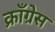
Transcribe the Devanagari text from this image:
क्राँग्रेस